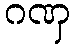
ဂဏှ